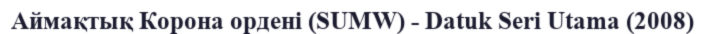
Аймақтық Корона ордені (SUMW) - Datuk Seri Utama (2008)